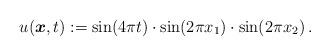
LaTeX: \begin{align*}u(\boldsymbol x,t) :=\sin(4 \pi t) \cdot \sin(2\pi x_1) \cdot \sin(2\pi x_2)\,.\end{align*}